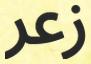
زعر